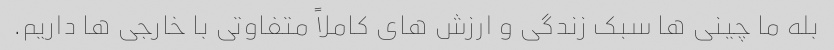
بله ما چینی ها سبک زندگی و ارزش های کاملاً متفاوتی با خارجی ها داریم.